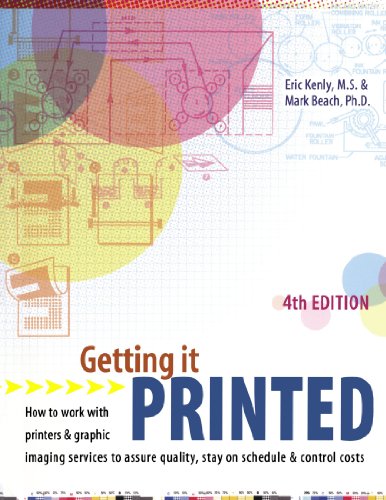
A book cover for Getting It Printed: How to Work With Printers and Graphic Imaging Services to Assure Quality, Stay on Schedule and Control Costs (Getting It Printed) 4th Edition; Eric Kenly; Arts & Photography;